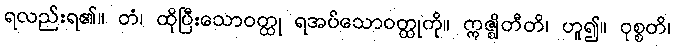
ရလည်းရ၏။ တံ၊ ထိုပြီးသောဝတ္ထု ရအပ်သောဝတ္ထုကို။ ဣဇ္ဈိတီတိ၊ ဟူ၍။ ဝုစ္စတိ၊